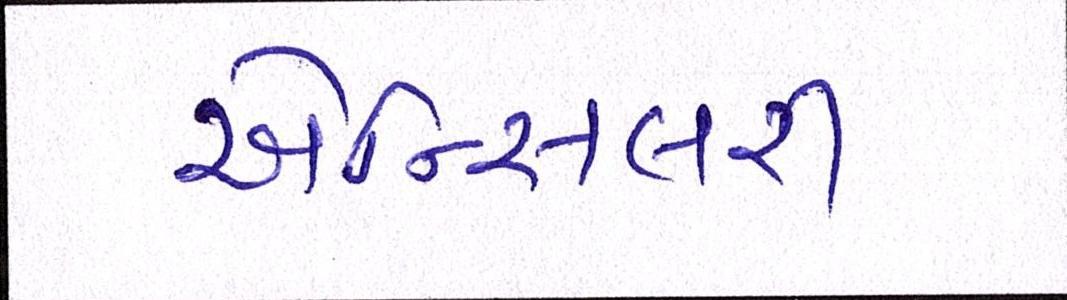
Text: એન્સિલરી